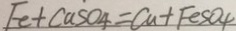
F e + C a S O _ { 4 } = C a + F e S O _ { 4 }